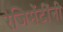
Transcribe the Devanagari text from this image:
रेजिमेंटींनी